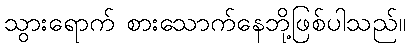
သွားရောက် စားသောက်နေဘို့ဖြစ်ပါသည်။